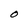
Character: O